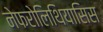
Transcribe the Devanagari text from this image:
नेफरोलिथियासिस